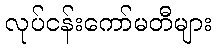
လုပ်ငန်းကော်မတီများ